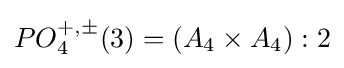
PO_{4}^{+,\pm }(3)=(A_{4}\times A_{4}):2